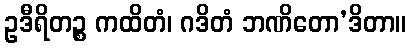
ဥဒီရိတဉ္စ ကထိတံ၊ ဂဒိတံ ဘဏိတော’ဒိတာ။